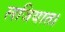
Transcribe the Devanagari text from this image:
लजियात।